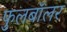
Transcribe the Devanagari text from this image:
फुलबॉलर